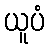
ယူပံ